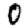
Digit: 0